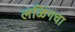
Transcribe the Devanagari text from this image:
लळिंगचा